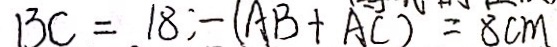
B C = 1 8 - ( A B + A C ) = 8 c m